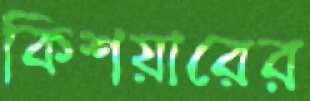
কিশয়ারের